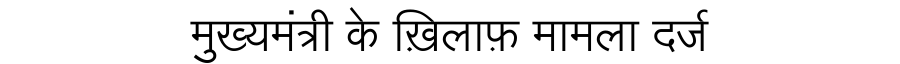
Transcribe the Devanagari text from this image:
मुख्यमंत्री के ख़िलाफ़ मामला दर्ज